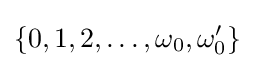
\left\{0,1,2,\dots ,\omega _{0},\omega _{0}'\right\}